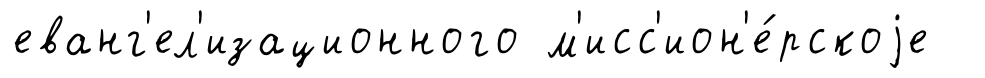
еванг'ел'изационного м'исс'ион'е́рскоjе